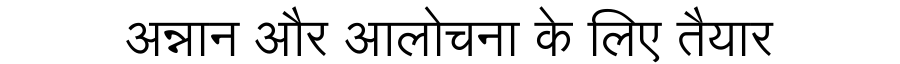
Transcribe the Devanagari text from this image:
अन्नान और आलोचना के लिए तैयार